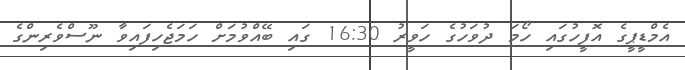
އެމްޑީޕީގެ އޮފީހުގައި ހޯމަ ދުވަހުގެ ހަވީރު 16:30 ގައި ބޭއްވުމަށް ހަމަޖެހިފައިވާ ނޫސްވެރިންގެ